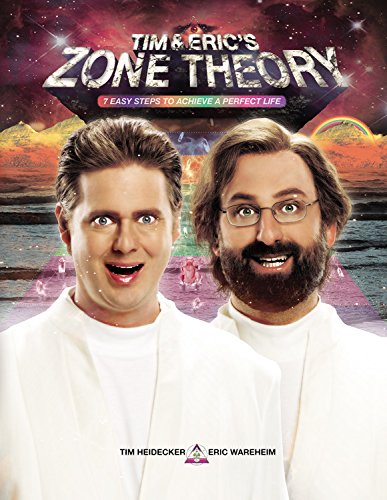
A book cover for Tim and Eric's Zone Theory: 7 Easy Steps to Achieve a Perfect Life; Tim Heidecker; Humor & Entertainment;